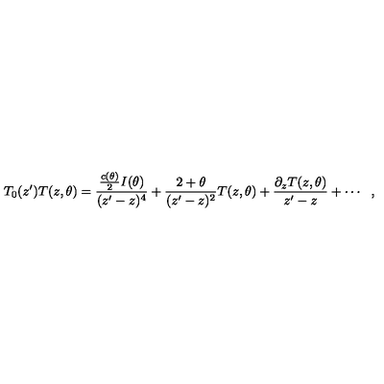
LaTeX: T _ { 0 } ( z ^ { \prime } ) T ( z , \theta ) = \frac { \frac { c ( \theta ) } { 2 } I ( \theta ) } { ( z ^ { \prime } - z ) ^ { 4 } } + \frac { 2 + \theta } { ( z ^ { \prime } - z ) ^ { 2 } } T ( z , \theta ) + \frac { \partial _ { z } T ( z , \theta ) } { z ^ { \prime } - z } + \cdots \: \: \: ,